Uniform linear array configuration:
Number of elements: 48
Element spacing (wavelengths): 0.5
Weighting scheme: cosine
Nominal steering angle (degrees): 15
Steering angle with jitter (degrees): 16.859
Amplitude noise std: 0.05
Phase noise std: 0.05

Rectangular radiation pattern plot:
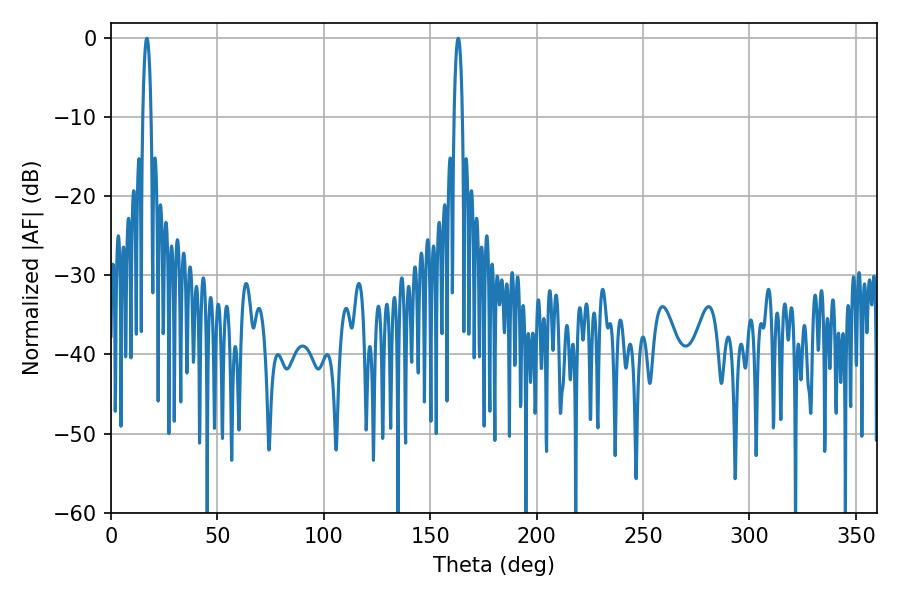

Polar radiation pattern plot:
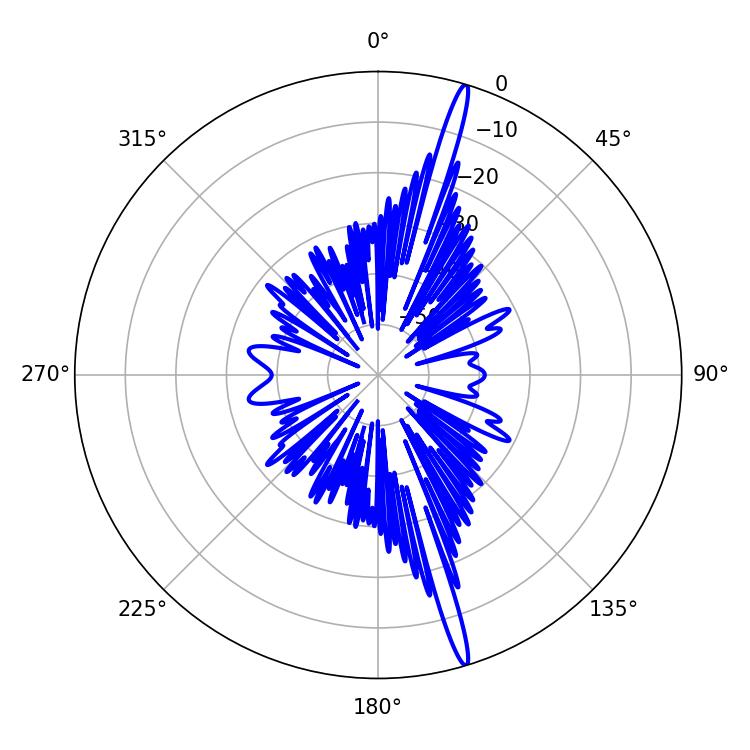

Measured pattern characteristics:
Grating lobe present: FALSE
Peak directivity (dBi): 18.955
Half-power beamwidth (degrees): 2.16
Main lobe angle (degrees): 163.08